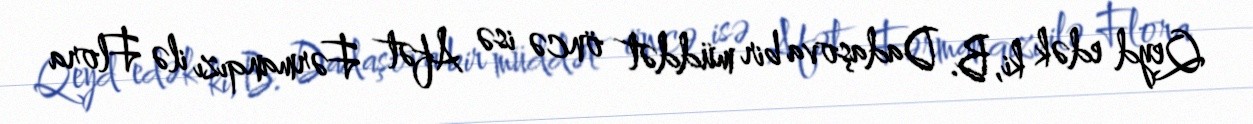
Qeyd edək ki, B. Dadaşova bir müddət öncə isə Afət Fərmanqızı ilə Flora